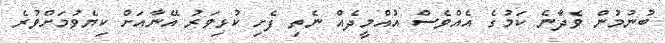
ބުނުމުން ވެދާނެ ކަމުގެ އެއްވެސް އުއްމީދެއް ނެތި ފެށި ކުޅިވަރު އޭނާއަށް ކިޔެވުމަށްވުރެ